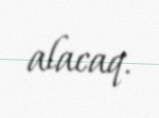
alacaq.